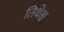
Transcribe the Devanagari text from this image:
तिथेश्च